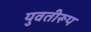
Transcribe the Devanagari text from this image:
युवतीरूप